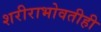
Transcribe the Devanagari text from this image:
शरीराभोवतीही